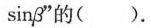
sinβ”的( )。